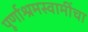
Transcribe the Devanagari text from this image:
पूर्णाश्रमस्वामींचा